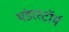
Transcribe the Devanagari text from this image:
थंडरस्टॉर्म